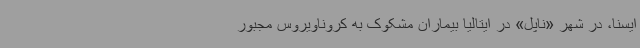
ایسنا، در شهر «ناپل» در ایتالیا بیماران مشکوک به کروناویروس مجبور